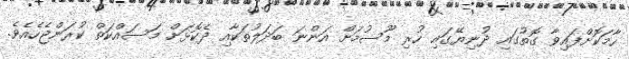
ހާމަކޮށްފައިވާ ގޮތުގައި ދުނިޔޭގައި ހުރި މޫސުމަށް އަންނަ ބަދަލުތަކާއި ދެކޮޅަށް މަސައްކަތް ކުރަންޖެހެއެވެ.